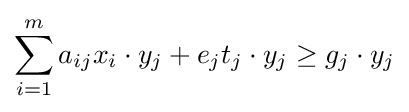
\sum _{i=1}^{m}a_{ij}x_{i}\cdot y_{j}+e_{j}t_{j}\cdot y_{j}\geq g_{j}\cdot y_{j}